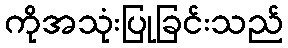
ကိုအသုံးပြုခြင်းသည်